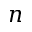
\boldsymbol { n }